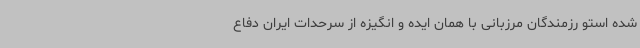
شده استو رزمندگان مرزبانی با همان ایده و انگیزه از سرحدات ایران دفاع